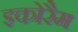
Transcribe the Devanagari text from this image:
इकोरैम